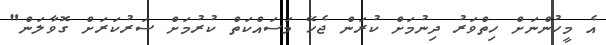
އެ މީހުންނަށް ހިތްވަރު ދިނުމަށް ކުރަން ޖެހޭ މަސައްކަތް ކުރުމަށް ސަރުކަރަށް ގޮވާލަން"